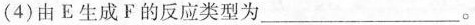
(4)由E生成F的反应类型为___。